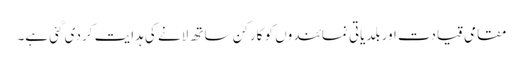
مقامی قیادت اور بلدیاتی نمائندوں کو کارکن ساتھ لانے کی ہدایت کر دی گئی ہے۔